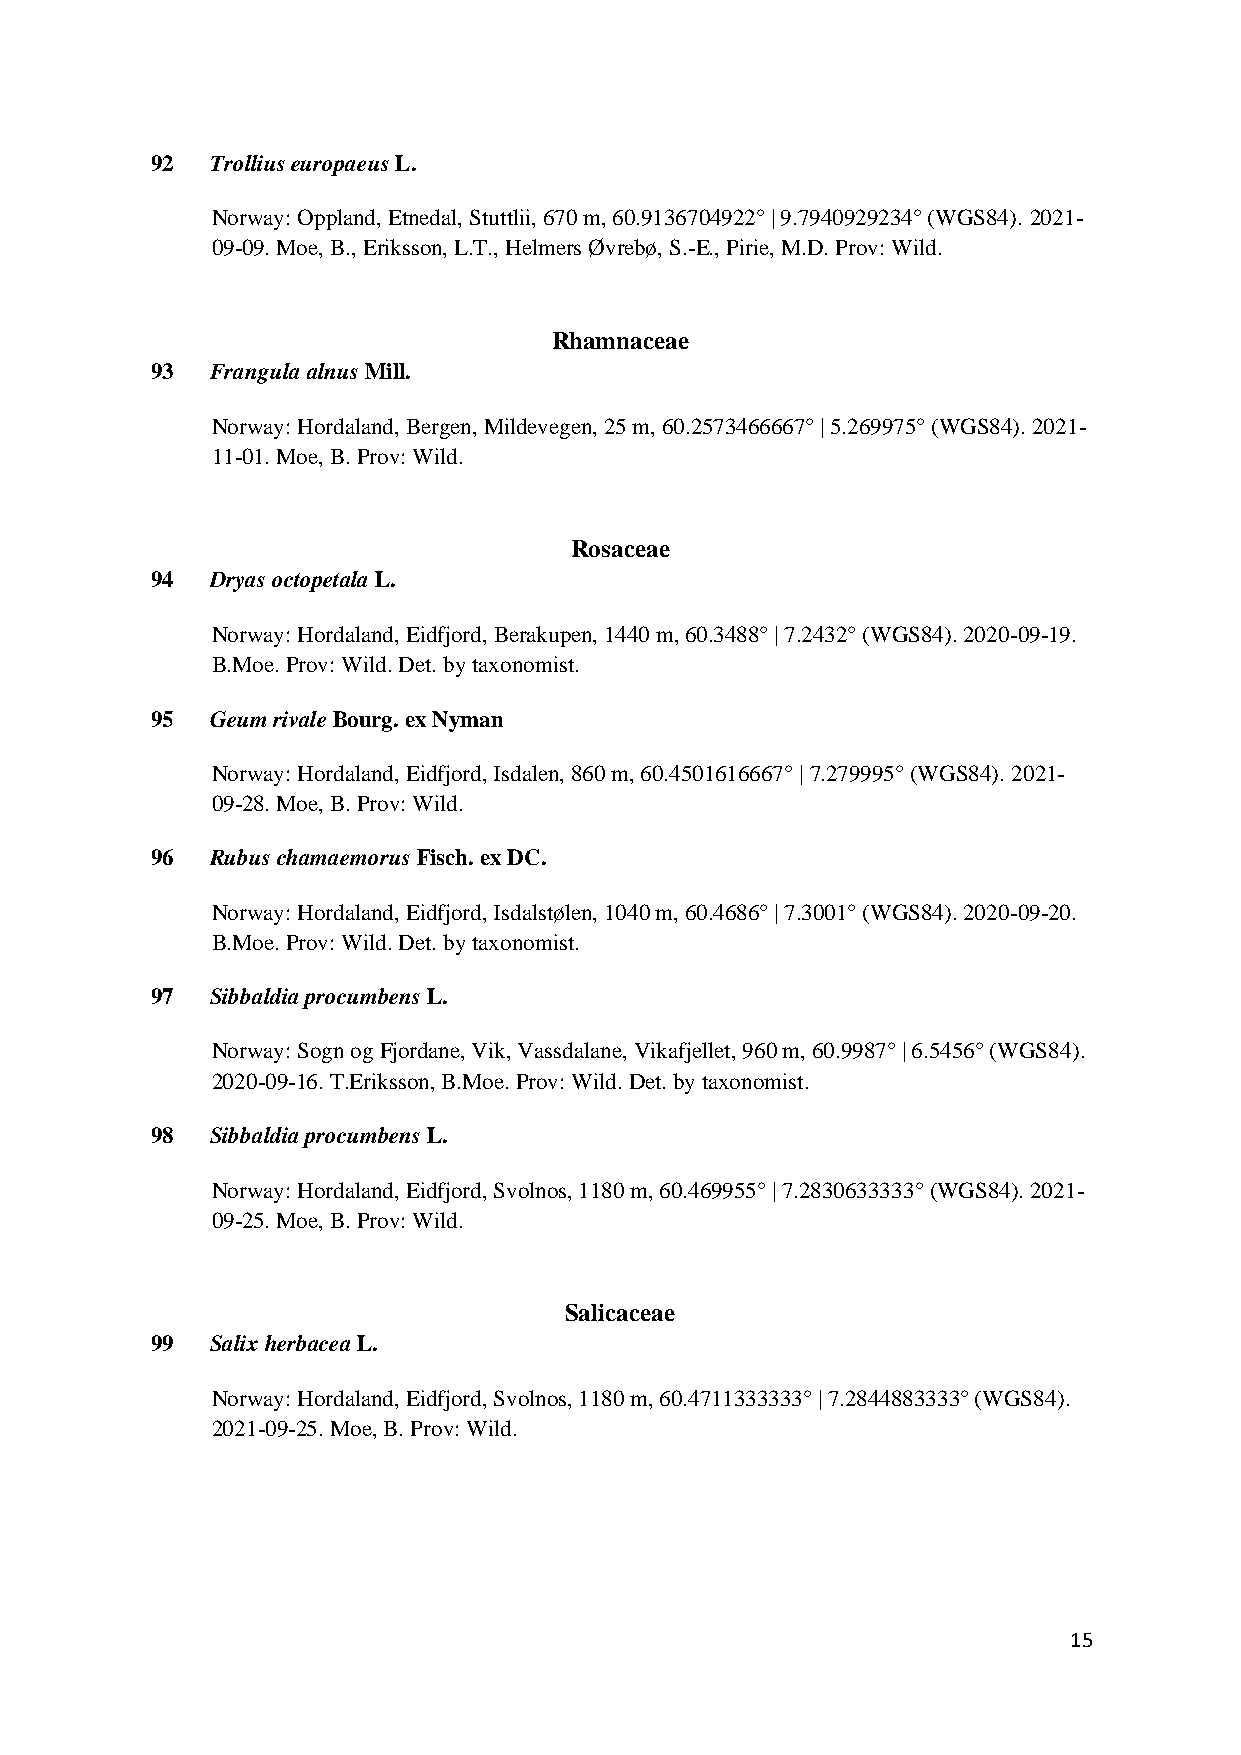
92  Trollius europaeus L.
 Norway: Oppland, Etnedal, Stuttlii, 670 m, 60.9136704922° | 9.7940929234° (WGS84). 2021-
 09-09. Moe, B., Eriksson, L.T., Helmers Øvrebø, S.-E., Pirie, M.D. Prov: Wild.
 Rhamnaceae
 93  Frangula alnus Mill.
 Norway: Hordaland, Bergen, Mildevegen, 25 m, 60.2573466667° | 5.269975° (WGS84). 2021-
 11-01. Moe, B. Prov: Wild.
 Rosaceae
 94  Dryas octopetala L.
 Norway: Hordaland, Eidfjord, Berakupen, 1440 m, 60.3488° | 7.2432° (WGS84). 2020-09-19.
 B.Moe. Prov: Wild. Det. by taxonomist.
 95  Geum rivale Bourg. ex Nyman
 Norway: Hordaland, Eidfjord, Isdalen, 860 m, 60.4501616667° | 7.279995° (WGS84). 2021-
 09-28. Moe, B. Prov: Wild.
 96  Rubus chamaemorus Fisch. ex DC.
 Norway: Hordaland, Eidfjord, Isdalstølen, 1040 m, 60.4686° | 7.3001° (WGS84). 2020-09-20.
 B.Moe. Prov: Wild. Det. by taxonomist.
 97  Sibbaldia procumbens L.
 Norway: Sogn og Fjordane, Vik, Vassdalane, Vikafjellet, 960 m, 60.9987° | 6.5456° (WGS84).
 2020-09-16. T.Eriksson, B.Moe. Prov: Wild. Det. by taxonomist.
 98  Sibbaldia procumbens L.
 Norway: Hordaland, Eidfjord, Svolnos, 1180 m, 60.469955° | 7.2830633333° (WGS84). 2021-
 09-25. Moe, B. Prov: Wild.
 Salicaceae
 99  Salix herbacea L.
 Norway: Hordaland, Eidfjord, Svolnos, 1180 m, 60.4711333333° | 7.2844883333° (WGS84).
 2021-09-25. Moe, B. Prov: Wild.
 15